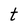
Character: t